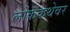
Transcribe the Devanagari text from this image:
लोककथेवर